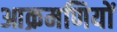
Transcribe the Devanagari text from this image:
आक्रमणियों